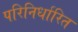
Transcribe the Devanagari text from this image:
परिनिर्धारित